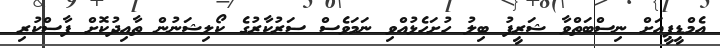
އެމްޑީޕީއަށް ނިސްބަތްވާ ޝަރީފު ބިލު ހުށަހެޅުއްވި ނަމަވެސް ސަރުކާރުގެ ކޯލިޝަނުން ތާއިދުކޮށް ފާސްކުރި